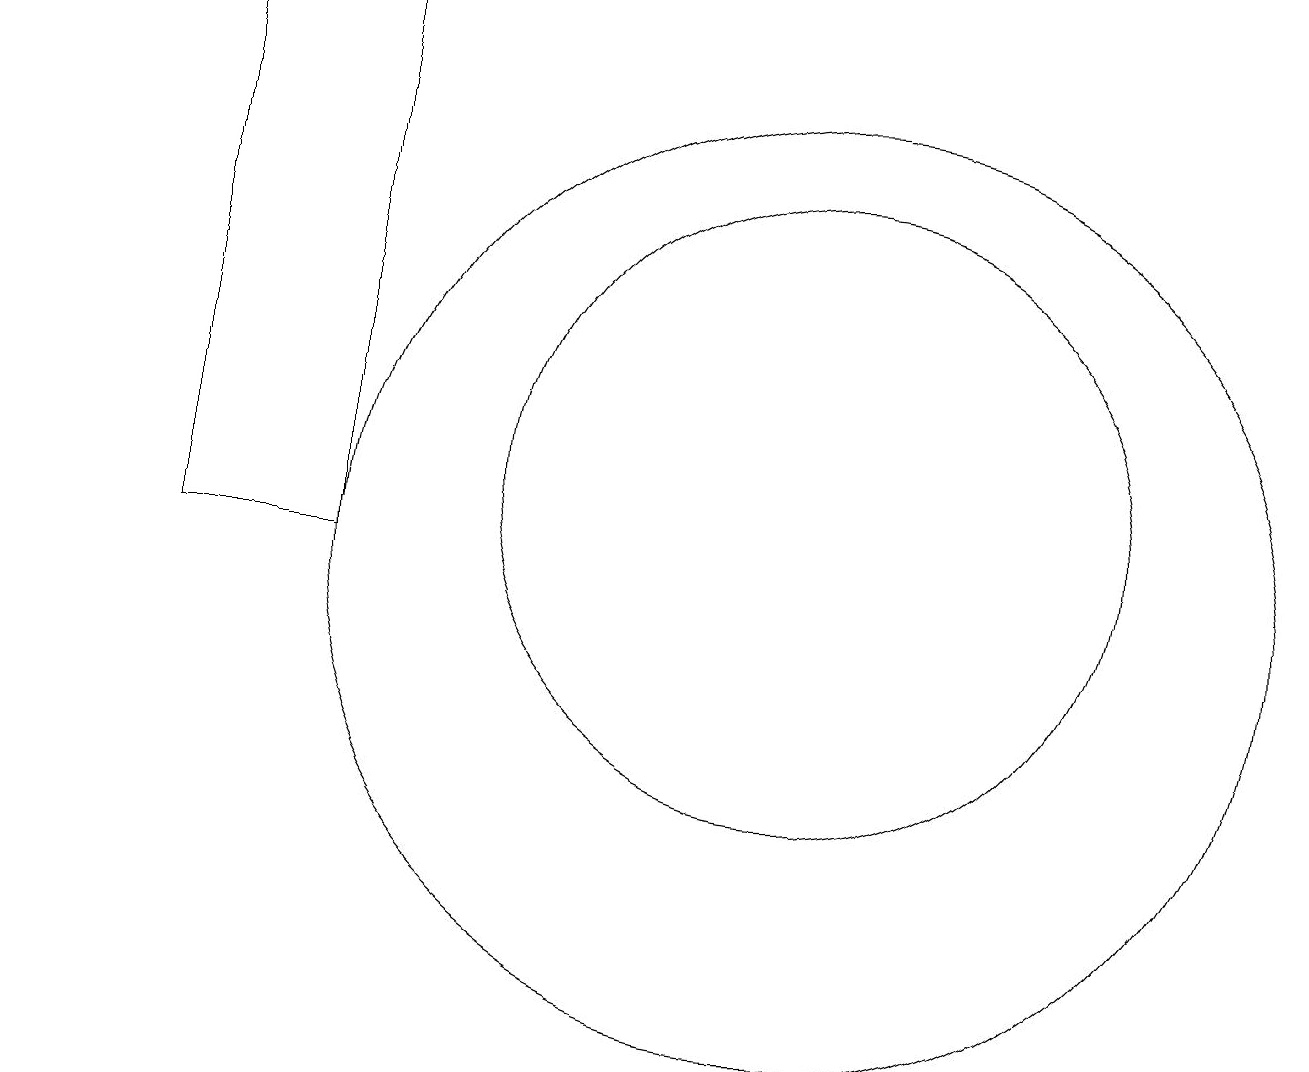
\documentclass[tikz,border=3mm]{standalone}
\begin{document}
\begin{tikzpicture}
\draw (5,10) rectangle (3,17);
\draw (11,11) circle (4);
\draw (11,10) circle (6);
\draw[->] (1,17) -- (1,17);
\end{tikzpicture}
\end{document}